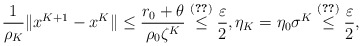
\begin{align*}\frac{1}{\rho_K}\|x^{K+1}-x^K\| \leq \frac{r_0+\theta}{\rho_0\zeta^K} \overset{\eqref{K-sp}}{\leq} \frac{\varepsilon}{2}, \eta_K=\eta_0\sigma^K\overset{\eqref{K-sp}}{\leq}\frac{\varepsilon}{2},\end{align*}